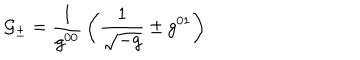
{ \cal G _ { \pm } } = { \frac { 1 } { g ^ { 0 0 } } } \left( { \frac { 1 } { \sqrt { - g } } } \pm g ^ { 0 1 } \right)